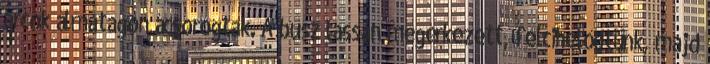
arcok álmatagon ácsorogtak. A busz lassan megérkezett, felcihelődtünk, majd